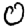
Digit: 0